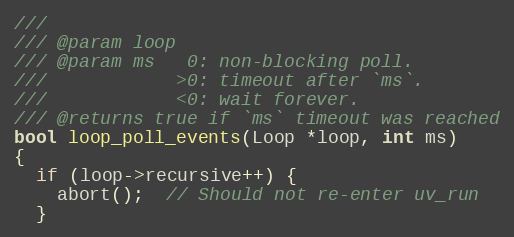
Language: C
///
/// @param loop
/// @param ms   0: non-blocking poll.
///            >0: timeout after `ms`.
///            <0: wait forever.
/// @returns true if `ms` timeout was reached
bool loop_poll_events(Loop *loop, int ms)
{
  if (loop->recursive++) {
    abort();  // Should not re-enter uv_run
  }